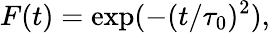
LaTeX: F(t)=\exp(-(t/\tau_{0})^{2}),